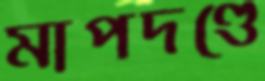
মাপদণ্ডে